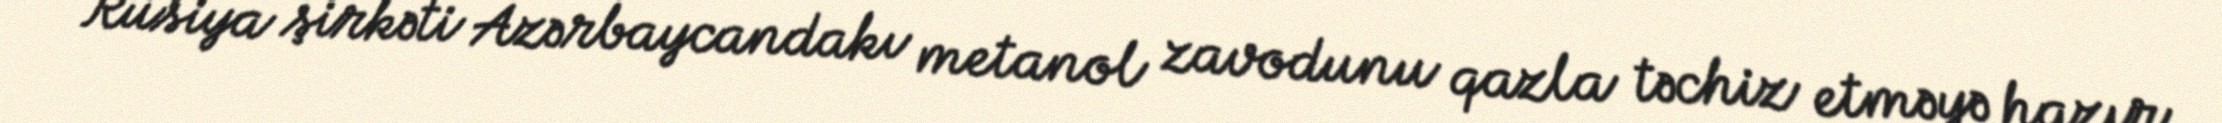
Rusiya şirkəti Azərbaycandakı metanol zavodunu qazla təchiz etməyə hazır